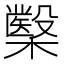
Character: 𭬢